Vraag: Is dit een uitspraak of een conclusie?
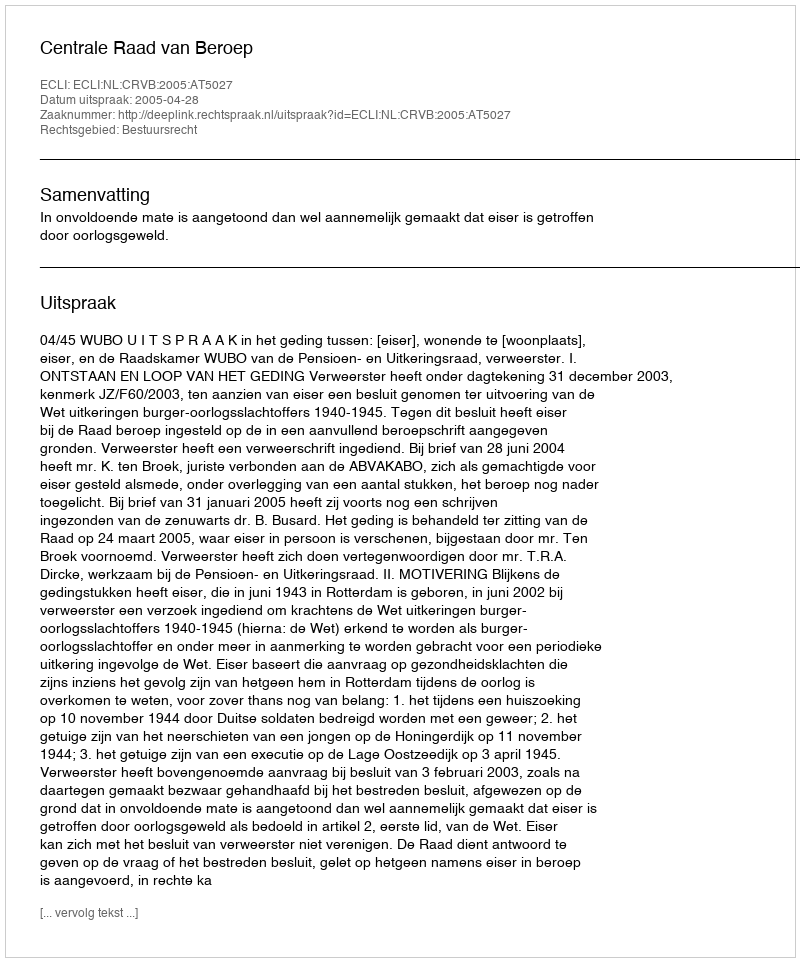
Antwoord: Uitspraak